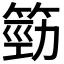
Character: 𥯙